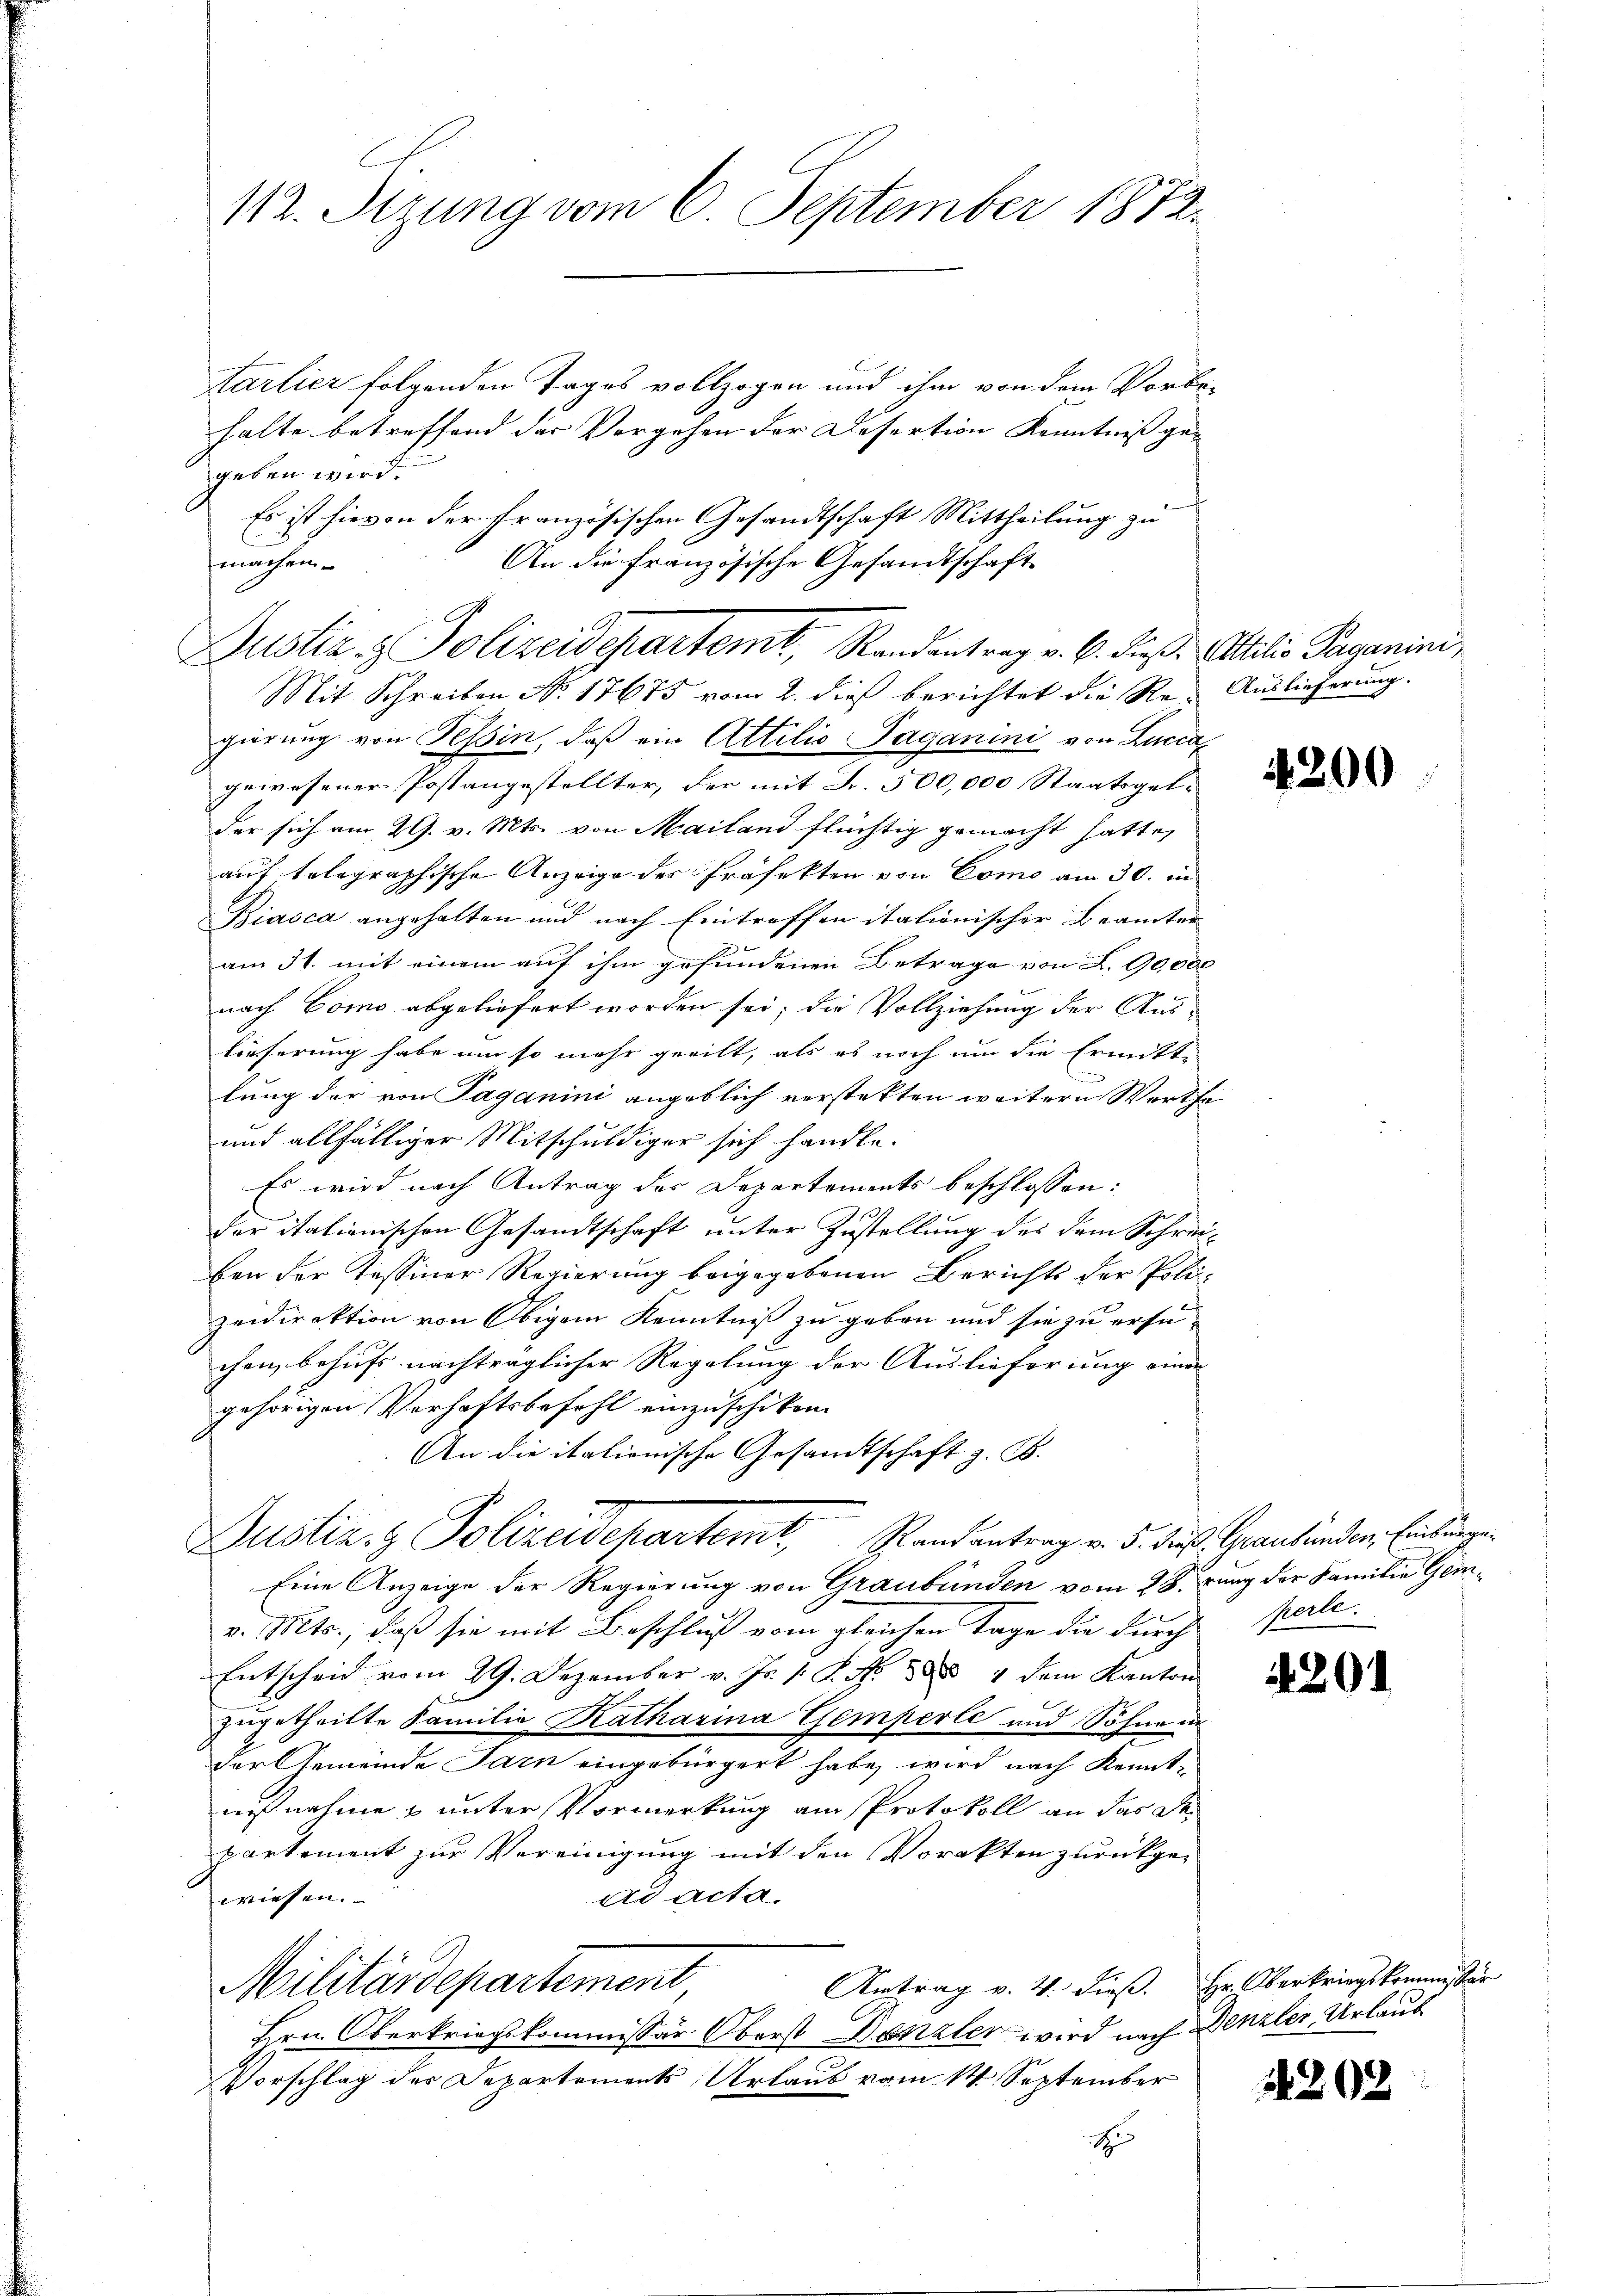
112. Sizung vom 6. September 1872.

tarlier folgenden Tages vollzogen und ihm von dem Vorbe-
halte betreffend der Vorgehen der Desertion Kenntniss ge- |
geben wird.
f
Es ist hievon der Französischen Gesandtschaft Mittheilung zu
machen.
Mit Schreiben No. 17675 vom 2. dieß berichtet die Re- Auslieferung.
gierung von Tessin, daß ein Attilio Paganini von Lucca
gewesener Postangestellter, der mit Fr. 300,000 Staatsgelder sich am 29. v. Mts. von Mailand flüchtig gemacht hatte,
auf telegraphische Anzeige des Präfekten von Como am 30. in
Biasca angehalten und nach Eintreffen italionischer Beamter
am 31. mit einem auf ihm gefundenen Betrage von Z. 90,000
nach Como abgeliefert worden sei; die Vollziehung der Aus-
lieferung habe um so mehr geeilt, als es noch um die Ermitt-
lung der von Saganini angeblich verstekten weitern Werthe
und allfälliger Mitschuldiger sich handle.
Es wird nach Antrag des Departements beschlossen:
der italienischen Gesandtschaft unter Zustellung des dem Schreiben der Tessiner Regierung beigegebenen Berichts der Polizeidirektion von Obigem Kenntniß zu geben und sie zu ersu-
chen, behufs nachträglicher Regelung der Auslieferung einer
gehörigen Verhaftsbefehl einzuschiken.
An die italionische Gesandtschaft z. B.
Dustiz- & Polizeidepartemt, Stand antrag v. 5. ders. Graubünden Einbringen
Eine Anzeige der Regierung von Graubünden vom 28. Juny der Familie Geiv. Mts., daß sie mit Beschluß vom gleichen Tage die durch
Entscheid vom 29. Dezember v. Js. v. P. Nr. 388. 4 dem Kanton
zugetheilte Familie Katharina Gemperle und Söhne in
der Gemeinde Jarn eingebürgert habe, wird nach Kennt-
nißnahme & unter Vormerkung am Protokoll an das Departement zur Vereinigung mit den Vorakten zurückgead acta.
wiesen.
Antrag v. 4. dieß. Hr. Oberkriegskommissan
Militärdepartement,
Hrn. Oberkriegskommissär Oberst Danzler wird nach Denzler, Urlaub
Vorschlag des Departements Urlaub vom 14. September
E

An die französische Gesandtschaft
Justiz- & Polizeidepartemt, Randentrag v. 6. dieß. Attilis Paganini,

4200

perle.

4201

4202

2